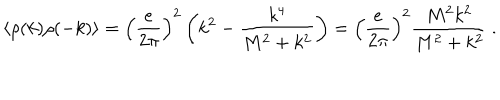
\langle \rho ( k ) \rho ( - k ) \rangle = \left( { \frac { e } { 2 \pi } } \right) ^ { 2 } \left( k ^ { 2 } - { \frac { k ^ { 4 } } { M ^ { 2 } + k ^ { 2 } } } \right) = \left( { \frac { e } { 2 \pi } } \right) ^ { 2 } { \frac { M ^ { 2 } k ^ { 2 } } { M ^ { 2 } + k ^ { 2 } } } \ .